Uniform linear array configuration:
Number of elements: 4
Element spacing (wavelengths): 0.25
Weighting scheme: kaiser
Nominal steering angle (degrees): -30
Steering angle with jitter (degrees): -30.221
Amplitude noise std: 0.05
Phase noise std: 0.05

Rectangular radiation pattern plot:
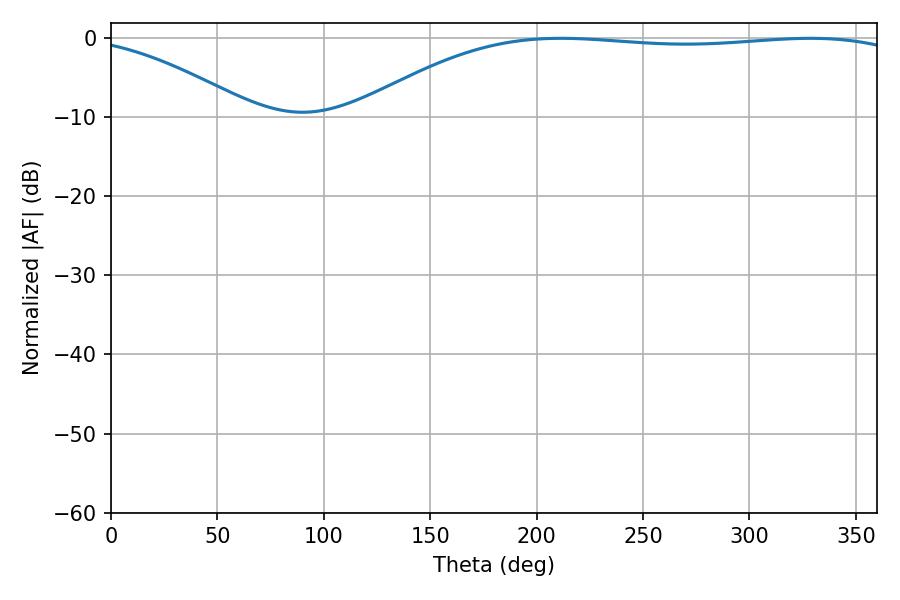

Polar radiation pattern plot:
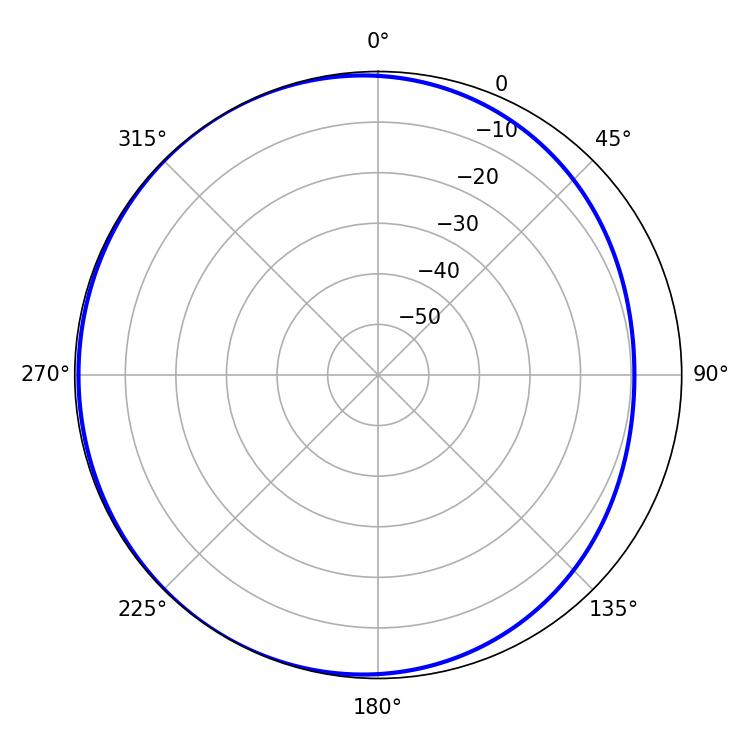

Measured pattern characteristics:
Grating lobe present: FALSE
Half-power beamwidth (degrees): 205.2
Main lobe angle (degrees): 211.32